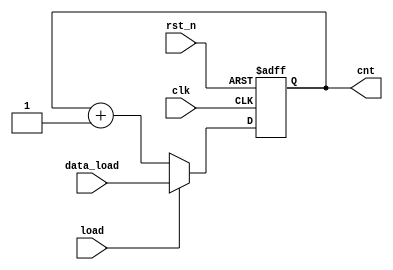
`timescale 1ns / 1ps
//////////////////////////////////////////////////////////////////////////////////
// Company: 
// Engineer: 
// 
// Design Name: 
// Module Name: cnt_load
// Project Name: 
// Target Devices: 
// Tool Versions: 
// Description: 
// 
// Dependencies: 
// 
// Revision:
// Revision 0.01 - File Created
// Additional Comments:
// 
//////////////////////////////////////////////////////////////////////////////////


module cnt_load
#(
    parameter WIDTH = 16    
)
(
    input clk,
    input rst_n,
    input load,
    input [WIDTH-1:0] data_load,
    output reg [WIDTH-1:0] cnt
);

    always @(posedge clk or negedge rst_n)
    begin : cnt_with_load
        if (!rst_n)
            cnt <= {WIDTH{1'b0}};
        else if (load)
            cnt <= data_load;
        else
            cnt <= cnt +1;
    end 
    
    
endmodule